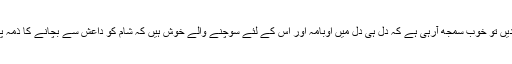
بڑھک بازی کو نظرانداز کردیں تو خوب سمجھ آرہی ہے کہ دل ہی دل میں اوبامہ اور اس کے لئے سوچنے والے خوش ہیں کہ شام کو داعش سے بچانے کا ذمہ پیوٹن نے اپنے سر لے لیا ہے۔